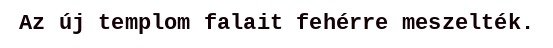
Az új templom falait fehérre meszelték.